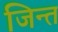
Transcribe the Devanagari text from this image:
जिन्त